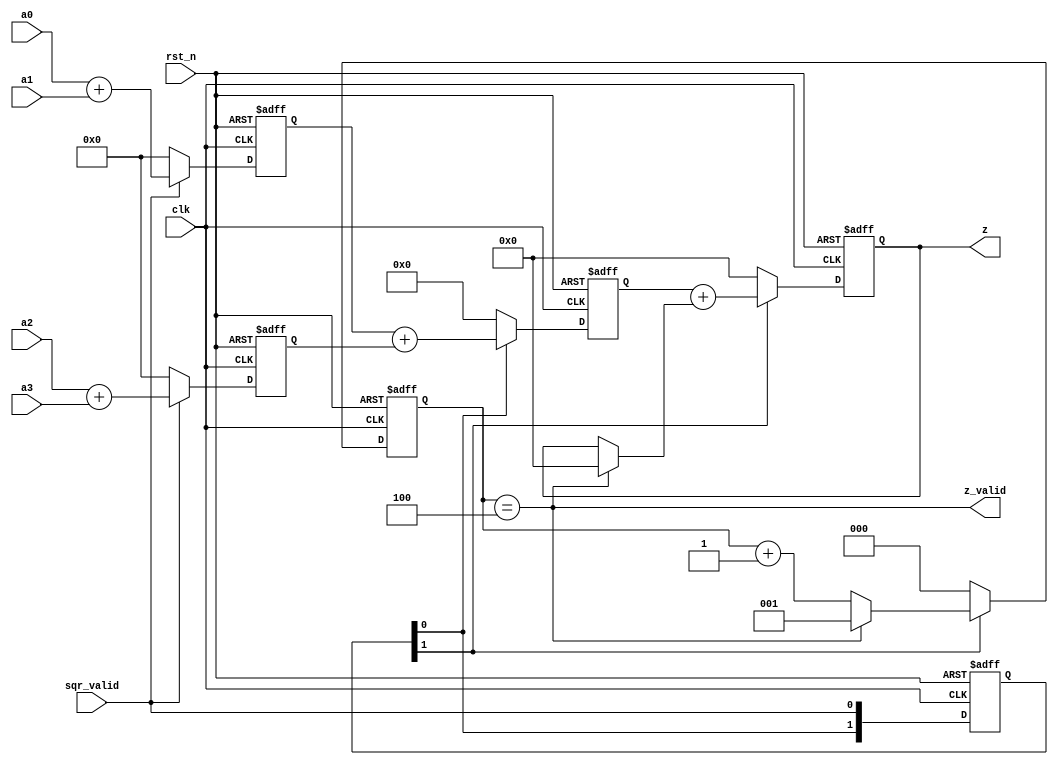
module pe_ssd_acc (
    input   wire            clk, 
    input   wire            rst_n,
    input   wire            sqr_valid,
    input   wire    [15:0]  a0,
    input   wire    [15:0]  a1,
    input   wire    [15:0]  a2,
    input   wire    [15:0]  a3,
    output  wire    [19:0]  z,
    output  wire            z_valid
);
//************************************************************************//
    reg     [16:0]      a_temp0;
    reg     [16:0]      a_temp1;
    reg     [17:0]      a_temp;
    reg     [2:0]       sqr_valid_d;
    reg     [2:0]       srh_col_cnt;
    reg     [19:0]      acc_data;
    reg     [19:0]      acc_temp;
//************************************************************************//
    always @(posedge clk or negedge rst_n) begin
        if (!rst_n) begin
            sqr_valid_d <= 'b0;
        end
        else begin
            sqr_valid_d <= {sqr_valid_d[1:0], sqr_valid};
        end
    end

    always @(posedge clk or negedge rst_n) begin
        if (!rst_n) begin
            a_temp0 <= 17'b0;
        end
        else if(sqr_valid) begin
            a_temp0 <= a0 + a1;
        end
        else begin
            a_temp0 <= 17'b0;
        end
    end

    always @(posedge clk or negedge rst_n) begin
        if (!rst_n) begin
            a_temp1 <= 17'b0;
        end
        else if(sqr_valid) begin
            a_temp1 <= a2 + a3;
        end
        else begin
            a_temp1 <= 17'b0;
        end 
    end

    always @(posedge clk or negedge rst_n) begin
        if (!rst_n) begin
            a_temp <= 18'b0;
        end
        else if(sqr_valid_d[0]) begin
            a_temp <= a_temp0 + a_temp1;
        end
        else begin
            a_temp <= 18'b0;
        end 
    end

    // output stage
    always @(posedge clk or negedge rst_n) begin
        if (!rst_n) begin
            srh_col_cnt <= 0;
        end
        else if(sqr_valid_d[1]) begin
            if (srh_col_cnt == 4) begin
                srh_col_cnt <= 1;
            end else begin
                srh_col_cnt <= srh_col_cnt + 1; 
            end
        end
        else begin
            srh_col_cnt <= 0;
        end 
    end

    always @(posedge clk or negedge rst_n) begin
        if (!rst_n) begin
            acc_data <= 0;
        end
        else if(sqr_valid_d[1]) begin
            acc_data <= a_temp + acc_temp;
        end
        else begin
            acc_data <= 0;
        end 
    end

    always @(*) begin
        if (srh_col_cnt == 4) begin
            acc_temp = 0;
        end
        else begin
            acc_temp = acc_data;
        end
    end

    assign z = acc_data;
    assign z_valid = (srh_col_cnt == 4);
endmodule //pe_ssd_acc